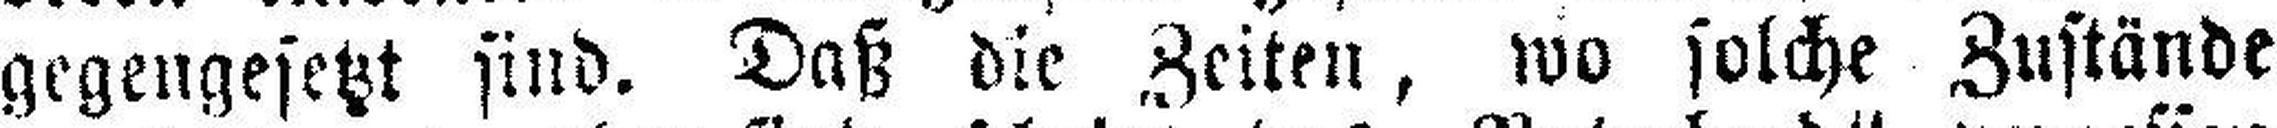
gegengesetzt sind. Daß die Zeiten, wo solche Zustände